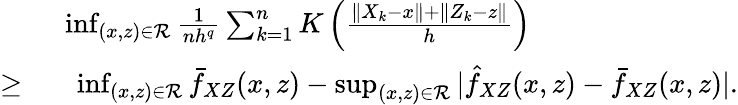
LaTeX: \begin{array}{rl}&{\operatorname*{inf}_{(x,z)\in\mathcal{R}}\frac{1}{nh^{q}}\sum_{k=1}^{n}K\left(\frac{\| X_{k}-x\| +\| Z_{k}-z\| }{h}\right)}\\ {\geq\ }&{\ \operatorname*{inf}_{(x,z)\in\mathcal{R}}\bar{f}_{XZ}(x,z)-\operatorname*{sup}_{(x,z)\in\mathcal{R}}|\hat{f}_{XZ}(x,z)-\bar{f}_{XZ}(x,z)|.}\end{array}